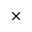
\times